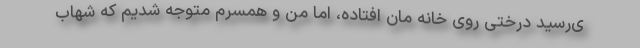
ی‌رسید درختی روی خانه مان افتاده، اما من و همسرم متوجه شدیم که شهاب